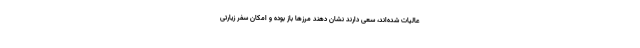
عالیات شده‌اند، سعی دارند نشان دهند مرزها باز بوده و امکان سفر زیارتی